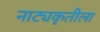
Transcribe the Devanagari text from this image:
नाट्यकृतीला